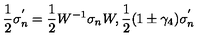
\frac { 1 } { 2 } \sigma _ { n } ^ { ' } = \frac { 1 } { 2 } W ^ { - 1 } \sigma _ { n } W , \frac { 1 } { 2 } ( 1 \pm \gamma _ { 4 } ) \sigma _ { n } ^ { ' }